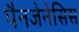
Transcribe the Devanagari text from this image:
पैनजेनेसिस